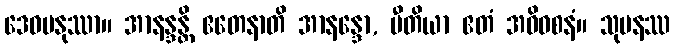
ဒေဝမနုဿာ။ အာနန္ဒန္တိ ဧတေနာတိ အာနန္ဒော, ပီတိယာ ဧတံ အဓိဝစနံ။ သုမနဿ